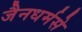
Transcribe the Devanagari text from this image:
जैनधर्मसे